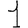
Digit: 1